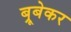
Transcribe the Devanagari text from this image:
ब्रूबेकर